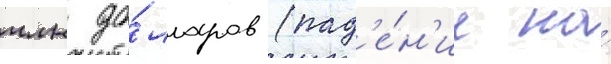
млн до́лларов (пад'е́н'ие на́